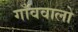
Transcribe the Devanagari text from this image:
गाँववालो